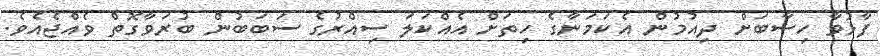
ފާޅުވާ ހިސާބަށް ދިއުމުން އެކަމަނާގެ ހިތަށް އެއްކަލަ ސިއްރުގެ ސަބަބުން ބުރަވާގޮތް ވެއްޖެއެވެ.